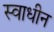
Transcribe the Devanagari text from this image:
स्‍वाधीन